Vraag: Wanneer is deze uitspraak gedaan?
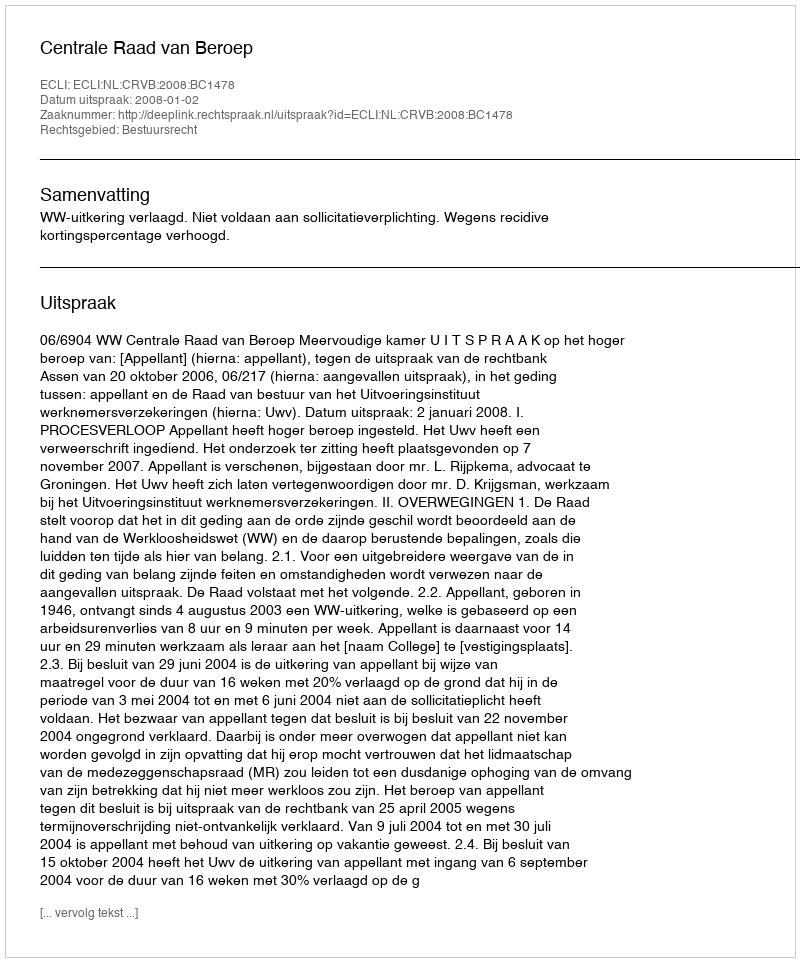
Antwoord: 2008-01-02